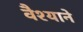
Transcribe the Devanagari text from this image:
वैश्याने